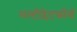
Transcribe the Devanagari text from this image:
मल्टीप्लेटफॉर्म